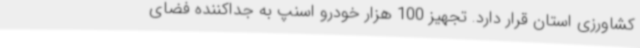
کشاورزی استان قرار دارد. تجهیز 100 هزار خودرو اسنپ به جداکننده فضای